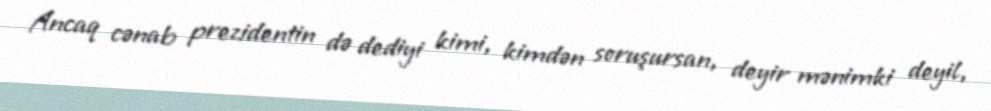
Ancaq cənab prezidentin də dediyi kimi, kimdən soruşursan, deyir mənimki deyil,